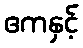
ဧကနှင့်